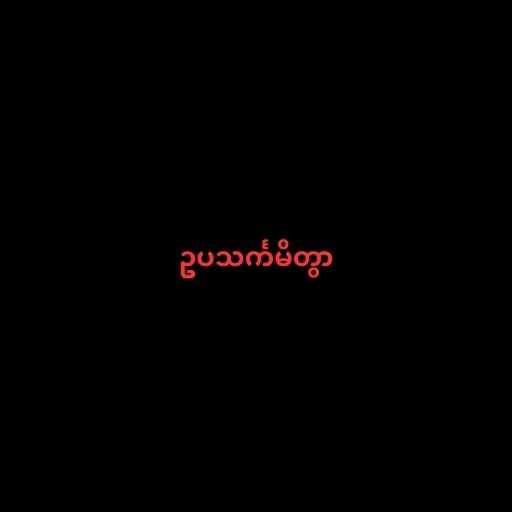
ဥပသင်္ကမိတွာ